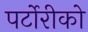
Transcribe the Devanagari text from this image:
पर्टोरीको